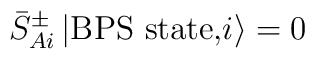
{\bar S}^{\pm}_{Ai}   \, \vert \mbox{BPS state,} i\rangle = 0